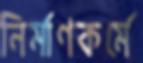
নির্মাণকর্মে